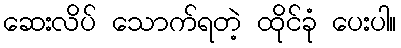
ဆေးလိပ် သောက်ရတဲ့ ထိုင်ခုံ ပေးပါ။